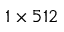
1 \times 5 1 2